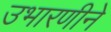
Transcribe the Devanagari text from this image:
उभारणीने